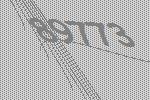
89773